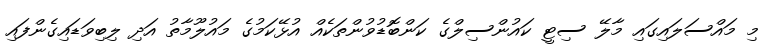
މި މައްސަލައިގައި މާލޭ ސިޓީ ކައުންސިލްގެ ކަންބޮޑުވުންތަކެއް އުޅޭކަމުގެ މައުލޫމާތު އަދި ލިބިވަޑައިގެންފައި